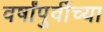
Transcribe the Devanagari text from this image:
वर्षांपुर्वीच्या